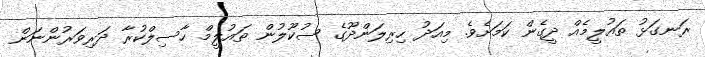
ރަނގަޅު ތައުލީމެއް ދީގެން ކަމަށެވެ. މިއަދު ހިރިލަންދޫގެ ސުކޫލުން ތައުލީމް ހާސިލްކުރާ ދަރިވަރުންނަން